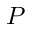
P